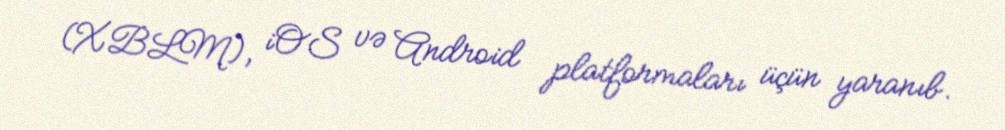
(XBLM), iOS və Android platformaları üçün yaranıb.